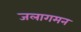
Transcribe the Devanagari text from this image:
जलागमन